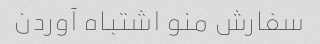
سفارش منو اشتباه آوردن